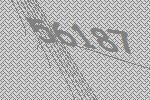
56187